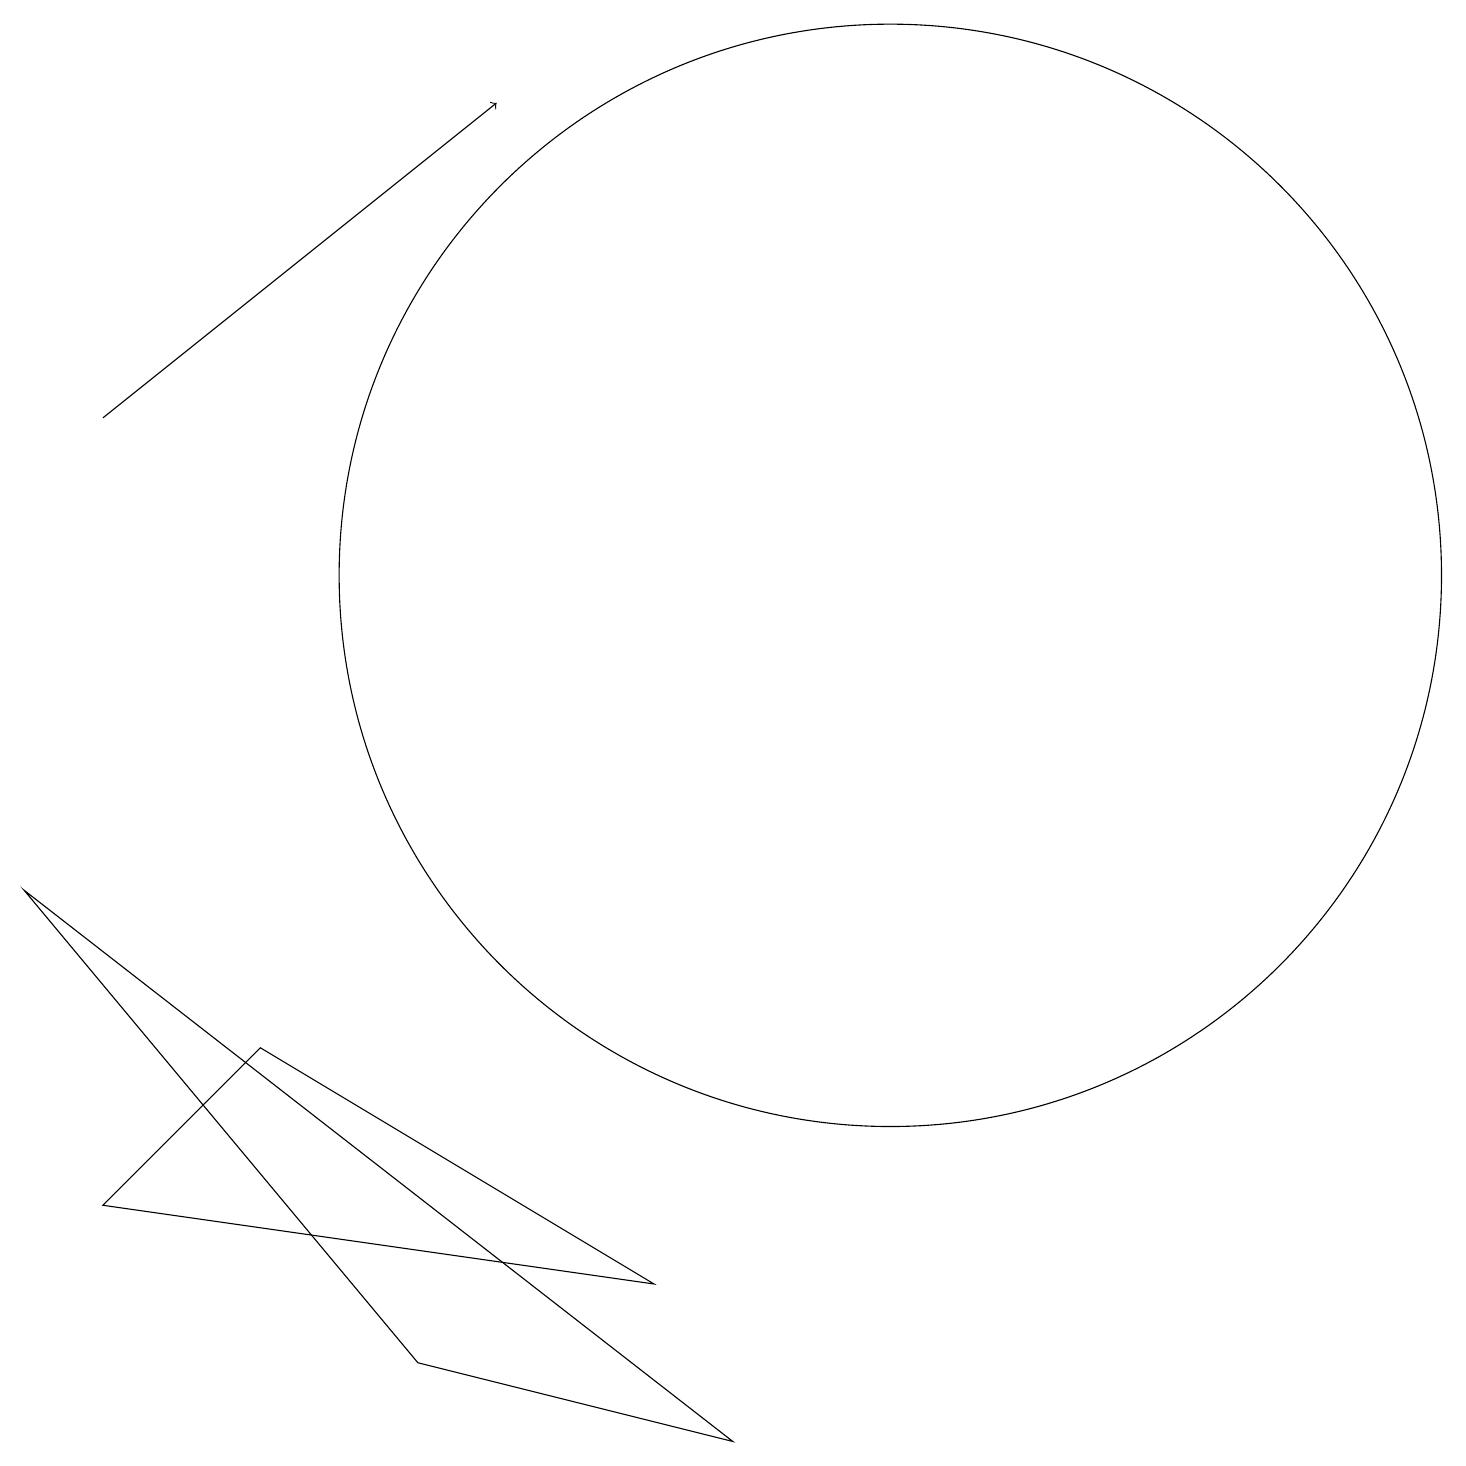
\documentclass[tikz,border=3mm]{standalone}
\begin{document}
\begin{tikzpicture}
\draw (11,12) circle (7);
\draw[->] (1,14) -- (6,18);
\draw (3,6) -- (1,4) -- (8,3) -- cycle;
\draw (9,1) -- (0,8) -- (5,2) -- cycle;
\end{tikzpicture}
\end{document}